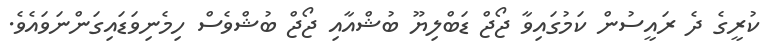
ކުރީގެ ދެ ރައީސުން ކަމުގައިވާ ޖޯޖް ޑަބްލިޔޫ ބުޝްއާއި ޖޯޖް ބުޝްވެސް ހިމެނިވަޑައިގަންނަވައެވެ.